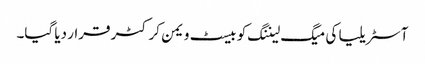
آسٹریلیا کی میگ لیننگ کو بیسٹ ویمن کرکٹر قرار دیا گیا۔